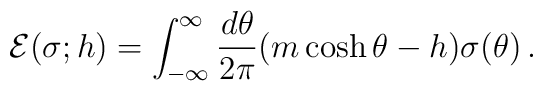
{\cal E}(\sigma;h)=\int_{-\infty}^\infty {d\theta\over2\pi}(m\cosh\theta-h)\sigma(\theta)\, .